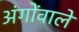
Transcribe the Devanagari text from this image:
अंगोंवाले